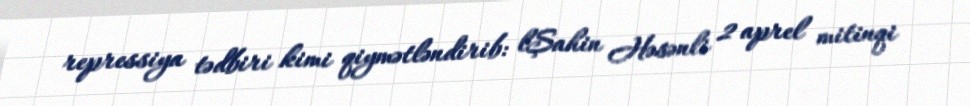
repressiya tədbiri kimi qiymətləndirib: lŞahin Həsənli 2 aprel mitinqi